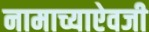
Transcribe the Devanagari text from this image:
नामाच्याऐवजी